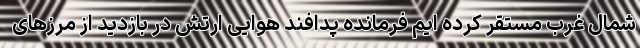
شمال غرب مستقر کرده ایم فرمانده پدافند هوایی ارتش در بازدید از مرزهای